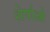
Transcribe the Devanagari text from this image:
शेर्पाओ